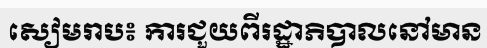
សៀមរាប៖ ការជួយពីរដ្ឋាភិបាលនៅមាន